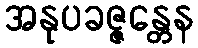
အနုပခဇ္ဇန္တေန